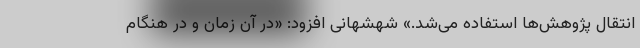
انتقال پژوهش‌ها استفاده می‌شد.» شهشهانی افزود: «در آن زمان و در هنگام